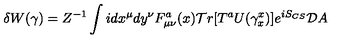
\delta W ( \gamma ) = Z ^ { - 1 } \int i d x ^ { \mu } d y ^ { \nu } F _ { \mu \nu } ^ { a } ( x ) { \cal T } r [ T ^ { a } U ( \gamma _ { x } ^ { x } ) ] e ^ { i S _ { C S } } { \cal D } A